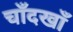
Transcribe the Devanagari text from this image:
चाँदखाँ